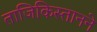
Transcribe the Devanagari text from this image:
ताजिकिस्तानने